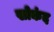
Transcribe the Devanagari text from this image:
खोकंद